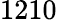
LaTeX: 1210